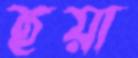
হুয়া